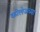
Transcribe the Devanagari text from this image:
कोलेजच्या